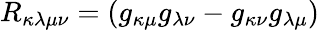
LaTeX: R_{\kappa\lambda\mu\nu}=(g_{\kappa\mu}g_{\lambda\nu}-g_{\kappa\nu}g_{\lambda\mu})